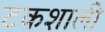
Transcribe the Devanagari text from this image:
टकशाली